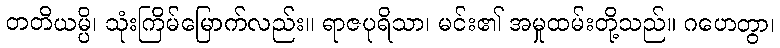
တတိယမ္ပိ၊ သုံးကြိမ်မြောက်လည်း။ ရာဇပုရိသာ၊ မင်း၏ အမှုထမ်းတို့သည်။ ဂဟေတွာ၊